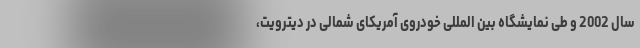
سال 2002 و طی نمایشگاه بین المللی خودروی آمریکای شمالی در دیترویت،